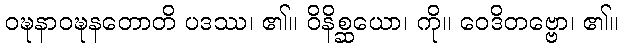
ဝဍ္ဎနာဝဍ္ဎနတောတိ ပဒဿ၊ ၏။ ဝိနိစ္ဆယော၊ ကို။ ဝေဒိတဗ္ဗော၊ ၏။